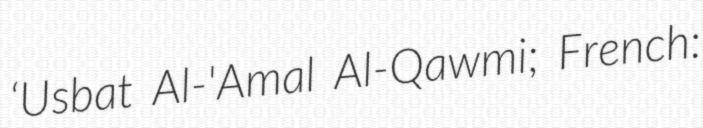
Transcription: ‘Usbat Al-'Amal Al-Qawmi; French: